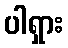
ပါရှား